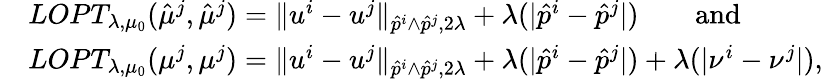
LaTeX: \begin{array}{rl}&{LOPT_{\lambda,\mu_{0}}(\hat{\mu}^{j},\hat{\mu}^{j})=\| u^{i}-u^{j}\| _{\hat{p}^{i}\wedge\hat{p}^{j},2\lambda}+\lambda(|\hat{p}^{i}-\hat{p}^{j}|)\qquad\mathrm{and}}\\ &{LOPT_{\lambda,\mu_{0}}(\mu^{j},\mu^{j})=\| u^{i}-u^{j}\| _{\hat{p}^{i}\wedge\hat{p}^{j},2\lambda}+\lambda(|\hat{p}^{i}-\hat{p}^{j}|)+\lambda(|\nu^{i}-\nu^{j}|),}\end{array}